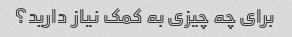
برای چه چیزی به کمک نیاز دارید؟